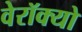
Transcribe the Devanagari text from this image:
वेरॉक्यो